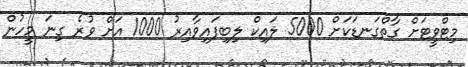
މިޓްވީޓަށް ގާތްގަނޑަކަށް 5000 ލައިކް ލިބިފައިވާއިރު 1000 އަށް ވުރެ ގިނަ މީހުން